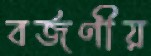
বর্জণীয়